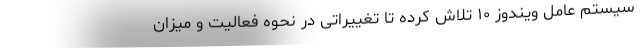
سیستم عامل ویندوز ۱۰ تلاش کرده تا تغییراتی در نحوه فعالیت و میزان